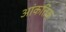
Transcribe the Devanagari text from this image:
आंकतिक